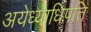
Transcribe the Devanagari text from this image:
अयेध्याधिपति